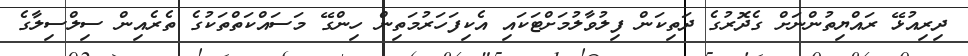
ދިރިއުޅޭ ރައްޔިތުންނަށް ގެދޮރުގެ ދަތިކަން ފިލުވާލުމަށްޓަކައި އެކިފަހަރުމަތިން ހިންގޭ މަސައްކަތްތަކުގެ ތެރެއިން ސިލްސިލާގެ